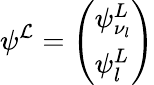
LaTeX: \psi^{\mathcal{L}}=\left(\begin{array}{l}{{\psi_{\nu_{l}}^{L}}}\\ {{\psi_{l}^{L}}}\end{array}\right)